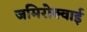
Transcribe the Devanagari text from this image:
जमिरोक्वाई